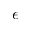
\epsilon